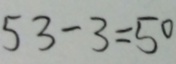
5 3 - 3 = 5 0